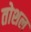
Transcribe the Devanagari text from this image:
तोशल